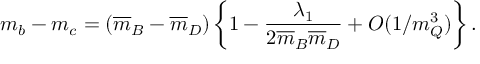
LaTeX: m _ { b } - m _ { c } = ( \overline { { { m } } } _ { B } - \overline { { { m } } } _ { D } ) \, \bigg \{ 1 - { \frac { \lambda _ { 1 } } { 2 \overline { { { m } } } _ { B } \overline { { { m } } } _ { D } } } + O ( 1 / m _ { Q } ^ { 3 } ) \bigg \} \, .